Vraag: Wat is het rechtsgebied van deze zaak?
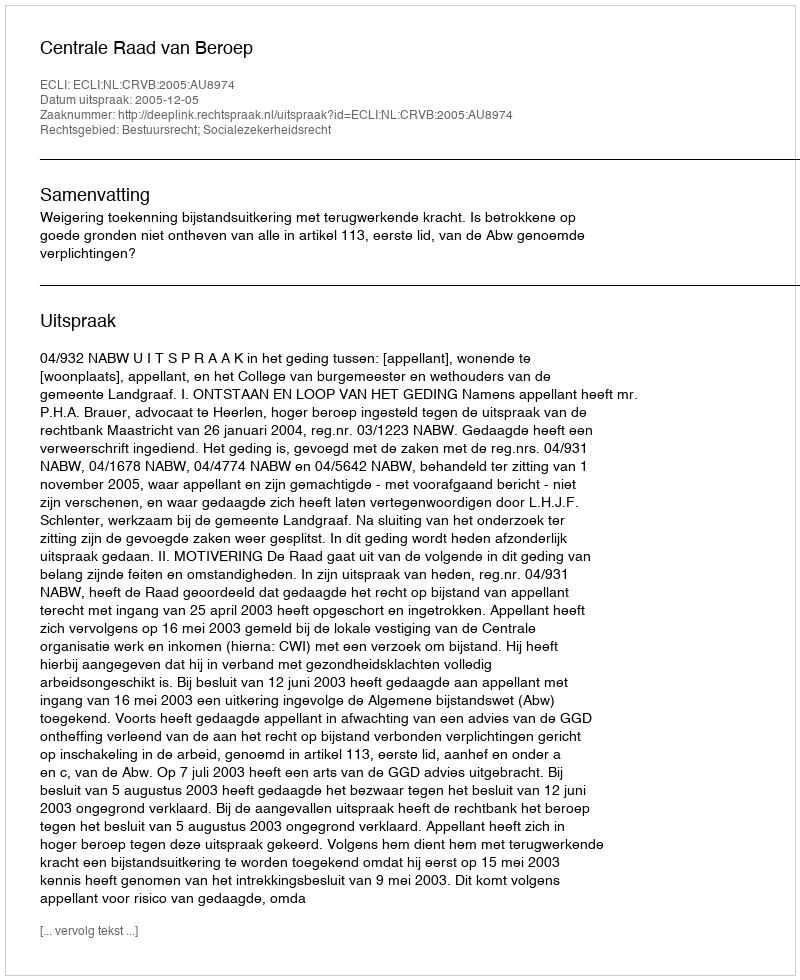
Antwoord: Bestuursrecht; Socialezekerheidsrecht